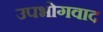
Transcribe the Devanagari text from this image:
उपभोगवाद